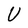
Character: U